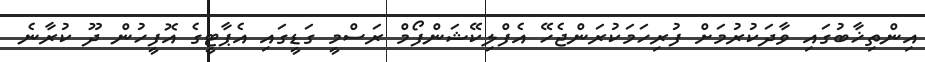
އިންތިޚާބުގައި ވާދަކުރުމަށް ފުރިހަމަކުރަންޖެހޭ އެފްލިކޭޝަންފޯމް ރަސްމީ ގަޑީގައި އެޕާޓީގެ އޮފީހުން ދޫ ކުރާނެ